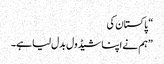
“ پاکستان کی
”ہم نے اپنا شیڈول بدل لیا ہے۔